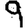
Digit: 9